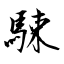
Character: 駷